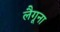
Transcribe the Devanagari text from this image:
लैगूना